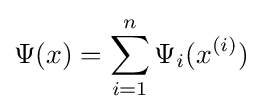
\Psi (x)=\sum _{i=1}^{n}\Psi _{i}(x^{(i)})